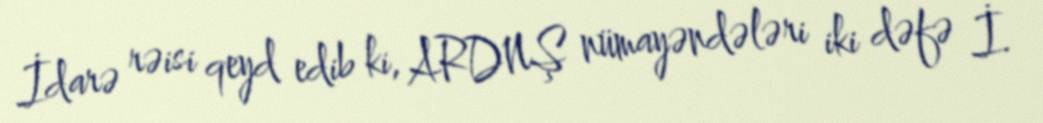
İdarə rəisi qeyd edib ki, ARDNŞ nümayəndələri iki dəfə İ.